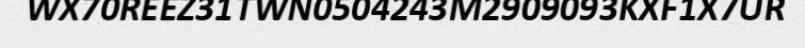
WX70REEZ31TWN0504243M2909093KXF1X7UR